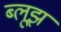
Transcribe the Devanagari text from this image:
ब्लूझ